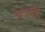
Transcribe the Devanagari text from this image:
मलकह